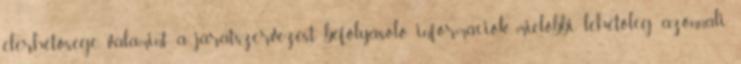
elérhetősége, valamint a járatszervezést befolyásoló információk mielőbbi lehetőleg azonnali